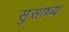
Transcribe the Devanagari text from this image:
सुसाध्‍य